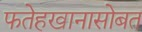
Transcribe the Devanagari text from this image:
फतेहखानासोबत